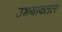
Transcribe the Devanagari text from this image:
उभयावतल